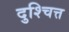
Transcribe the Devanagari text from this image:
दुश्चित्त